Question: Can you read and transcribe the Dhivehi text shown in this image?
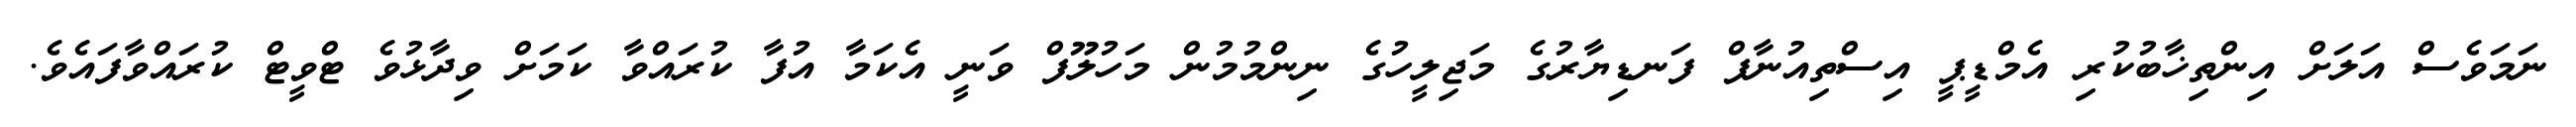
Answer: ނަމަވެސް އަލަށް އިންތިޚާބުކުރި އެމްޑީޕީ އިސްތިއުނާފް ފަނޑިޔާރުގެ މަޖިލީހުގެ ނިންމުމުން މަހުލޫފް ވަނީ އެކަމާ އުފާ ކުރައްވާ ކަމަށް ވިދާޅުވެ ޓްވީޓް ކުރައްވާފައެވެ.